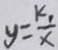
y = \frac { k _ { 1 } } { x }